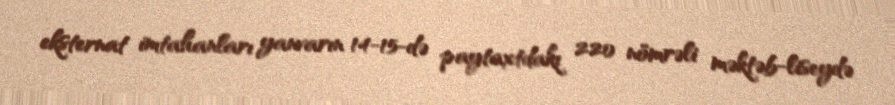
eksternat imtahanları yanvarın 14-15-də paytaxtdakı 220 nömrəli məktəb-liseydə